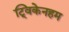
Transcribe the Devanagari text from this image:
ट्विकेनहम